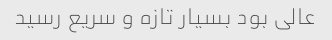
عالی بود بسیار تازه و سریع رسید